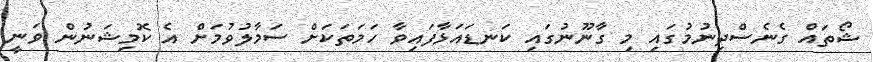
ޝޯތައް ގެނެސްދިނުމުގައި މި ގާނޫނުގައި ކަނޑައަޅާފައިވާ ހަމަތަކަށް ސަމާލުވުމަށް އެ ކޮމިޝަނުން ވަނީ